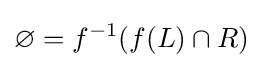
\varnothing =f^{-1}(f(L)\cap R)